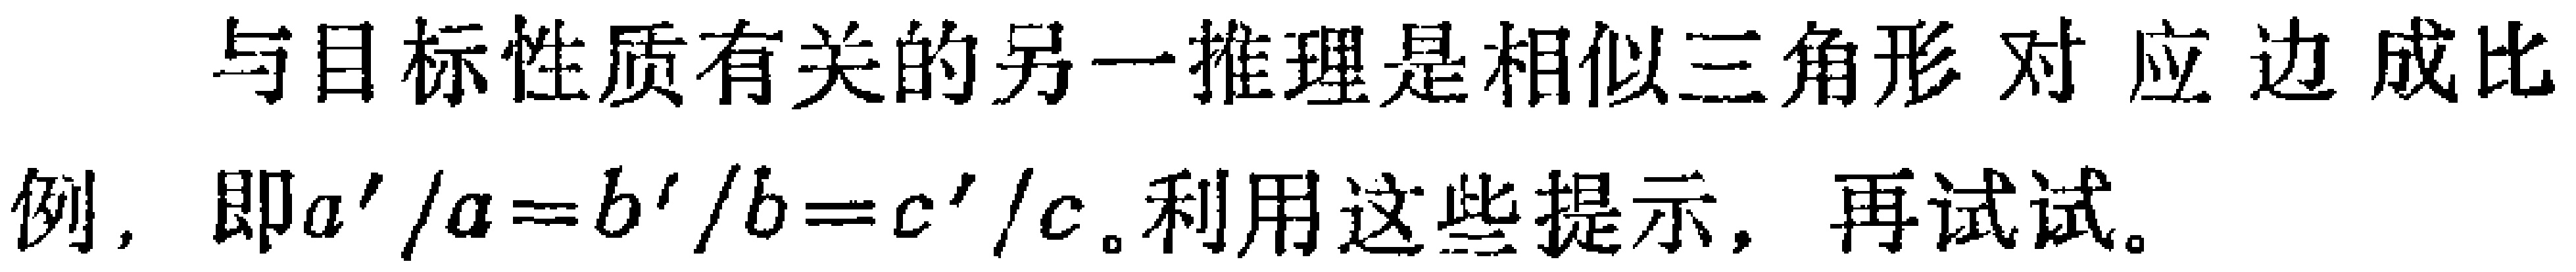
与目标性质有关的另一推理是相似三角形 对 应 边 成比例，即$a'/a = b'/b = c'/c$。利用这些提示，再试试。